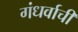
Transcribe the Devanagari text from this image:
गंधर्वाची